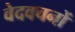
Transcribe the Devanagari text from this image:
वेदवचनों